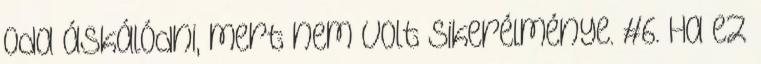
oda áskálódni, mert nem volt sikerélménye. #6. Ha ez